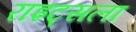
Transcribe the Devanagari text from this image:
राइट्सला